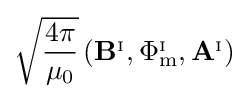
{\sqrt {\frac {4\pi }{\mu _{0}}}}\left(\mathbf {B} ^{_{\mathrm {I} }},\Phi _{\mathrm {m} }^{_{\mathrm {I} }},\mathbf {A} ^{_{\mathrm {I} }}\right)